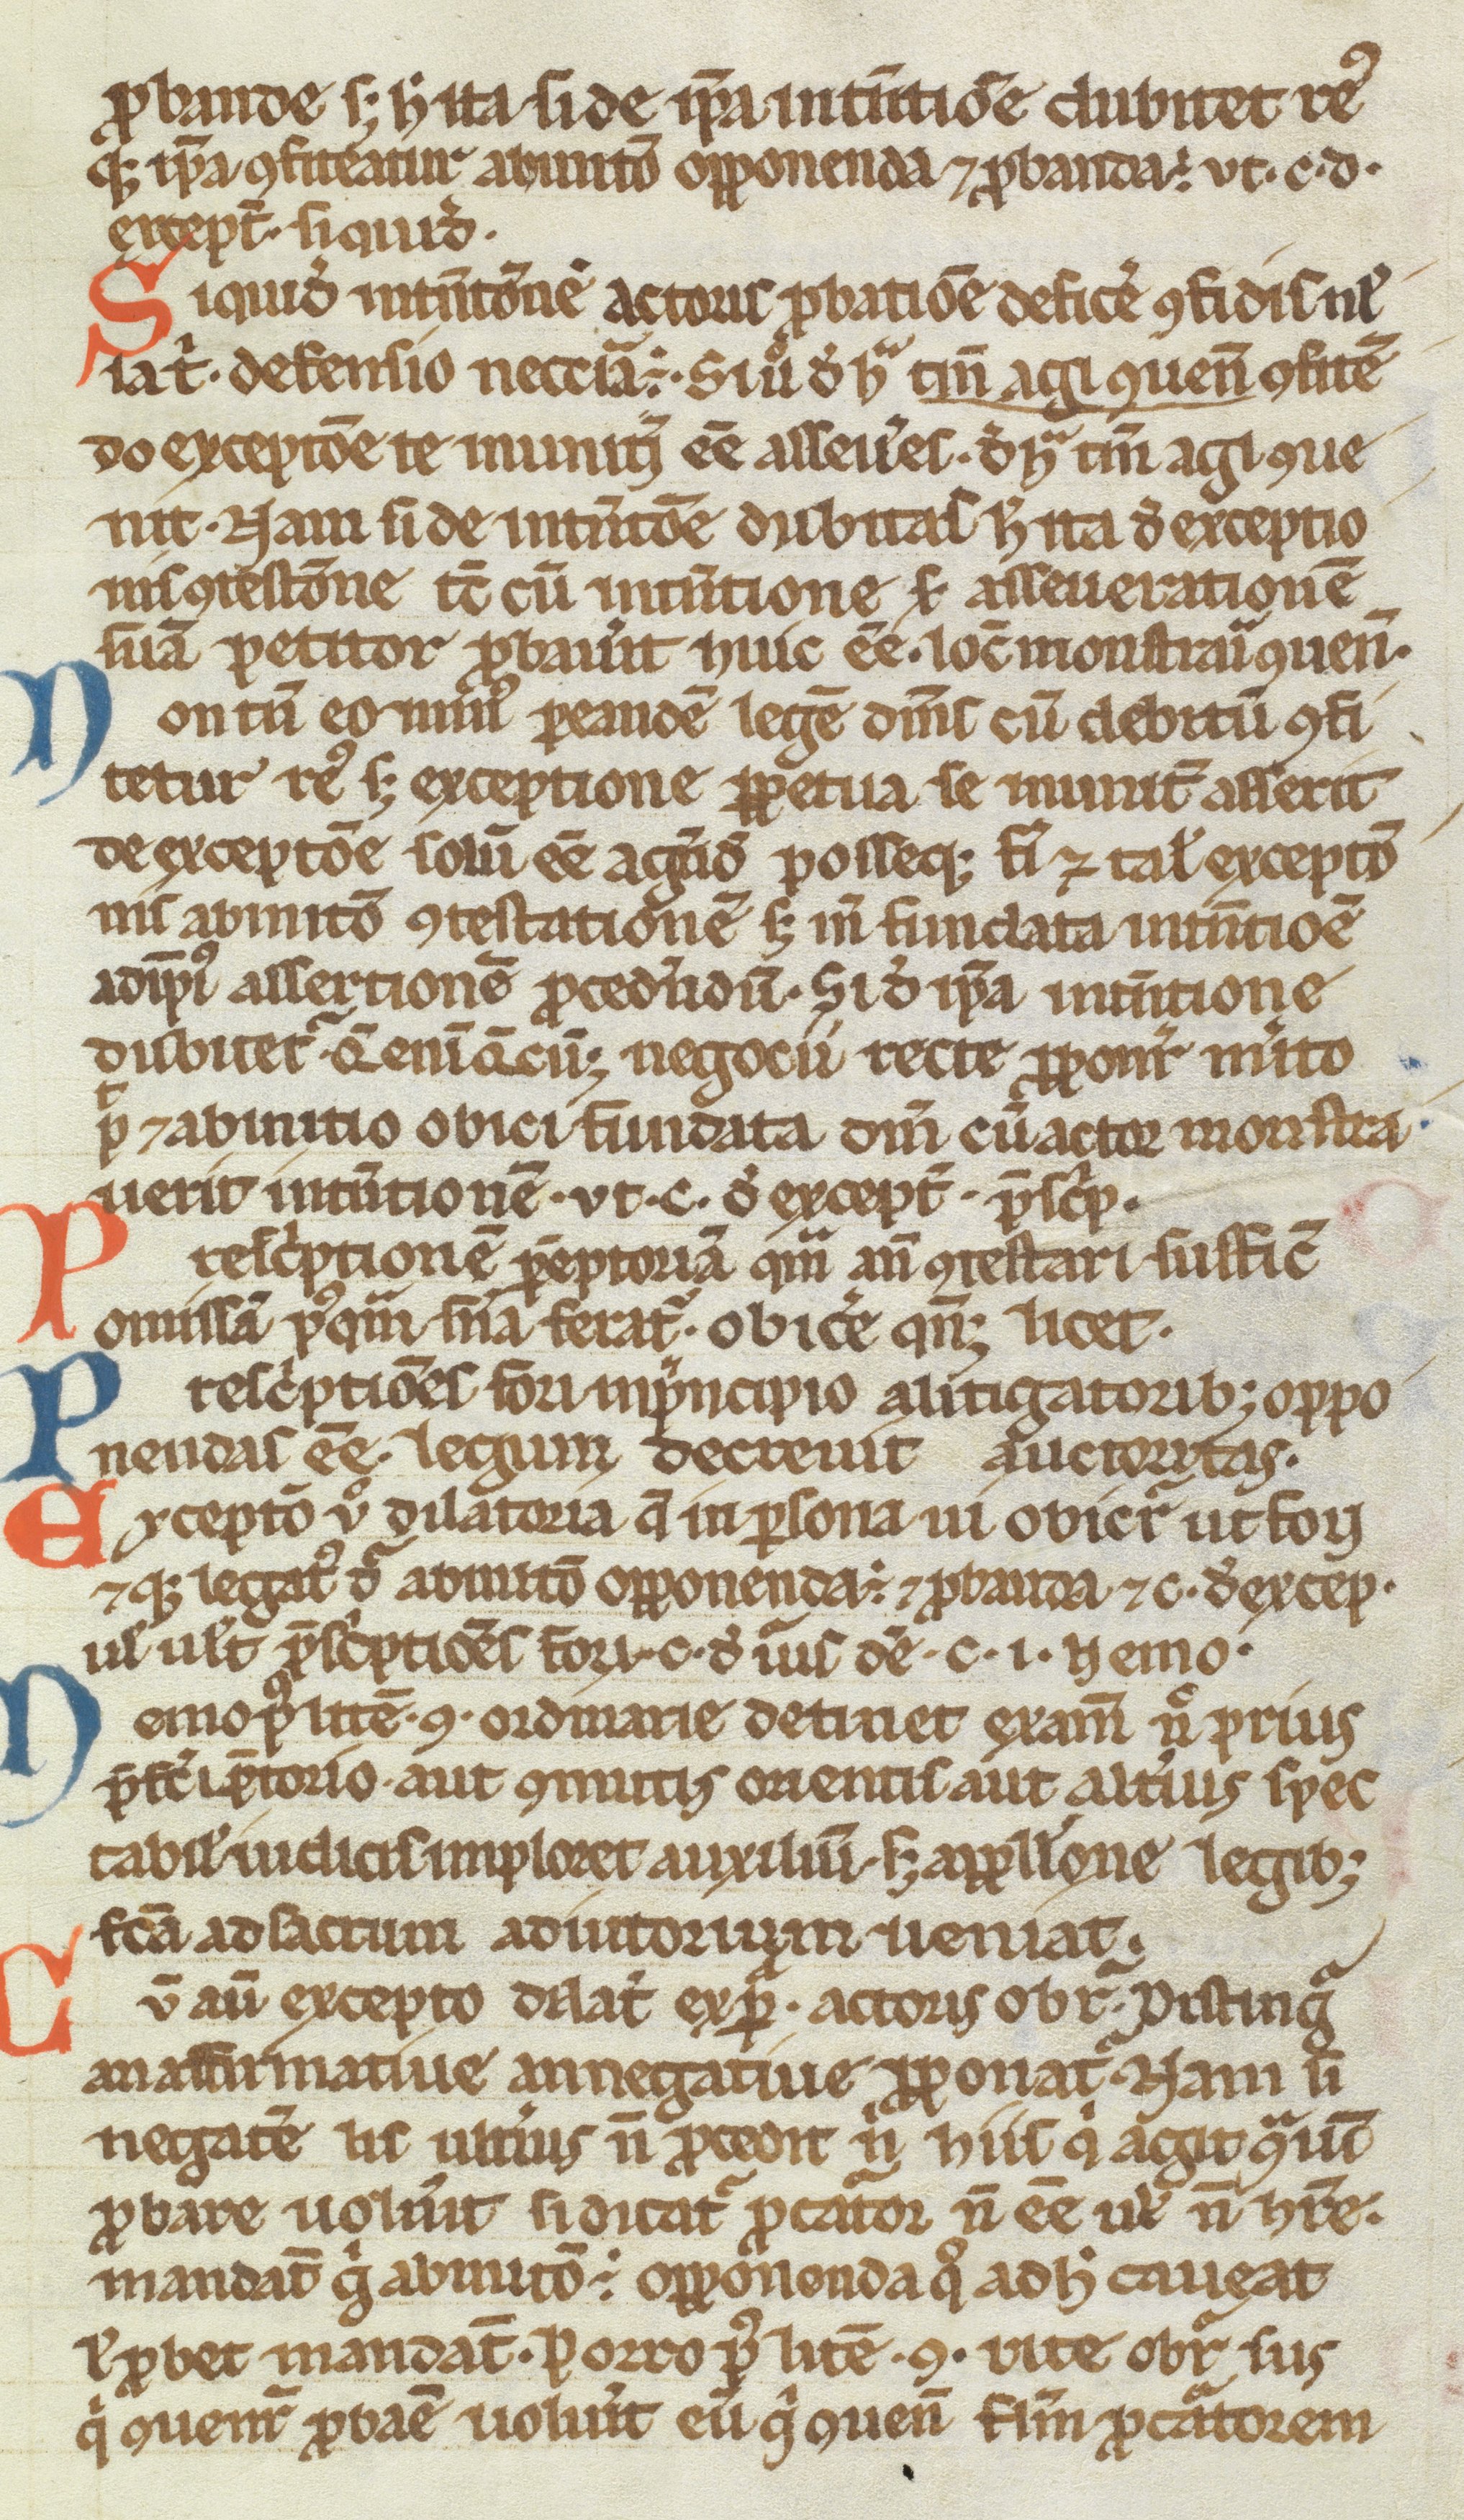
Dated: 1200–1299